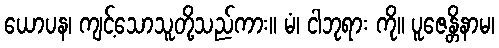
ယောပန၊ ကျင့်သောသူတို့သည်ကား။ မံ၊ ငါဘုရား ကို။ ပူဇေန္တိနာမ၊